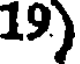
19)